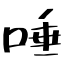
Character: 唾